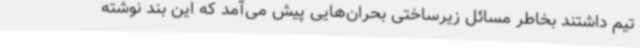
تیم داشتند بخاطر مسائل زیرساختی بحران‌هایی پیش می‌آمد که این بند نوشته